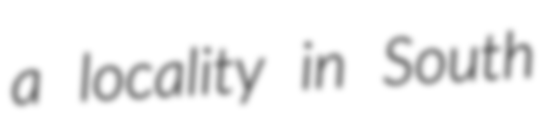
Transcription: a locality in South